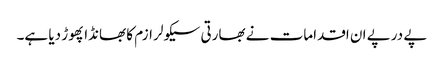
پے درپے ان اقدامات نے بھارتی سیکولر ازم کا بھانڈا پھوڑ دیا ہے۔